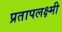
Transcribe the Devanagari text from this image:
प्रतापलक्ष्मी